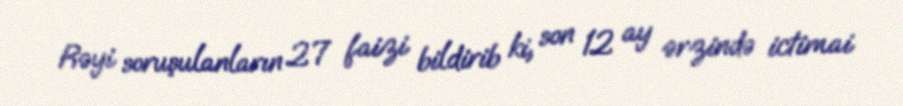
Rəyi soruşulanların 27 faizi bildirib ki, son 12 ay ərzində ictimai